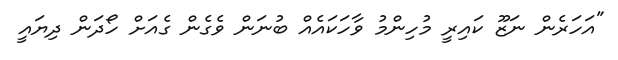
"އަހަރެން ނަޒޫ ކައިރީ މުހިންމު ވާހަކައެއް ބުނަން ވެގެން ގެއަށް ހޯދަން ދިޔައީ